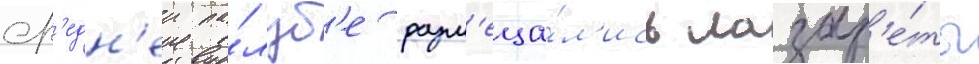
ср'едн'еи па́луб'е разм'еща́л'ись лазар'е́ты